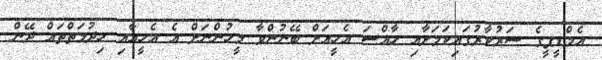
އެމްޑީޕީގެ ސަރުކާރުގައިކަމަށާއި ހާއްސަ އެހީއަށް ބޭނުންވާ މީހުންނަށް އެ އެހީއާއި ހިދުމަތްތައް ދޭން